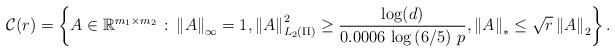
\begin{align*}\mathcal{C}(r)=\left \{A\in\mathbb{R}^{m_1\times m_2} \,:\, \left\Vert A\right\Vert_{\infty}=1, \left\Vert A\right\Vert_{L_2(\Pi)}^{2}\geq \dfrac{\log(d)}{0.0006\,\log\left (6/5\right )\,p}, \left\Vert A\right\Vert_{*}\leq \sqrt{r} \left\Vert A\right\Vert_{2}\right \}.\end{align*}